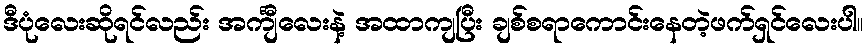
ဒီပုံလေးဆိုရင်လည်း အင်္ကျီလေးနဲ့ အထာကျပြီး ချစ်စရာကောင်းနေတဲ့ဖက်ရှင်လေးပါ။